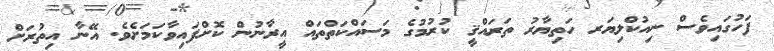
ފަހުގައިވެސް ނިއުކްލިޔަރ ހަތިޔާރު ތަރައްޤީ ކުރުމުގެ މަސައްކަތްތައް އީރާނުން ކޮށްފައިވާކަމަށެވެ. އޭނާ އިތުރަށް